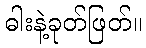
ဓါးနဲ့ခုတ်ဖြတ်။